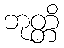
ဘုတ္တိ